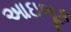
આઇબૂક